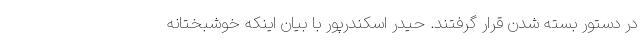
در دستور بسته شدن قرار گرفتند. حیدر اسکندرپور با بیان اینکه خوشبختانه